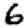
Digit: 6